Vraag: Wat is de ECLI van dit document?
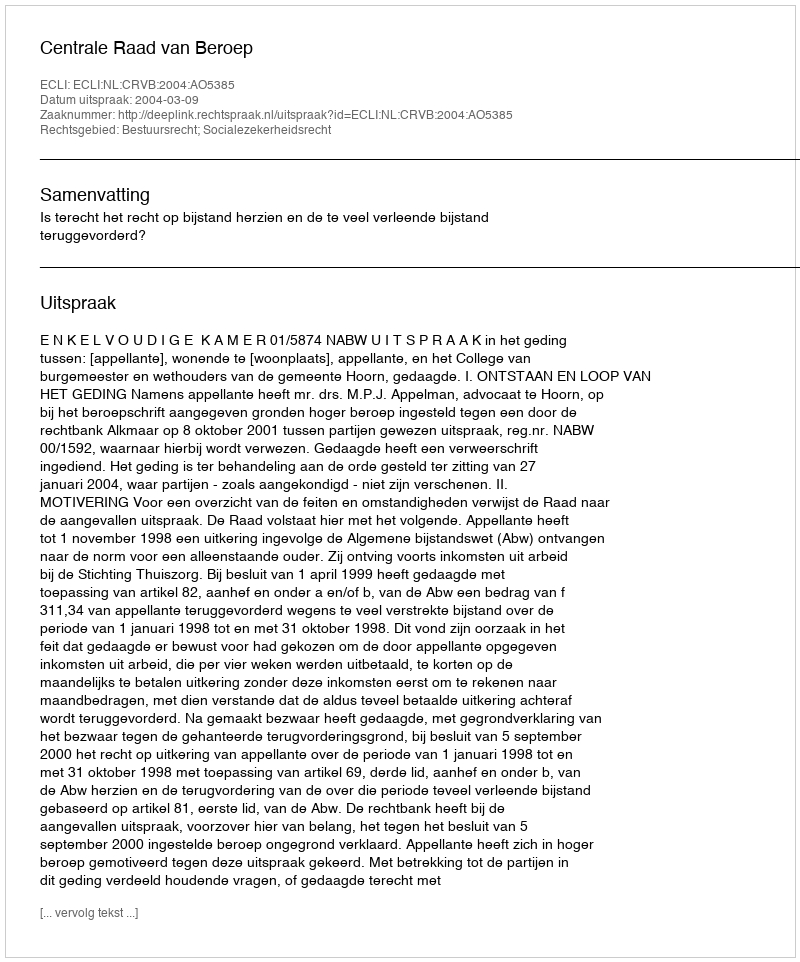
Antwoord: ECLI:NL:CRVB:2004:AO5385